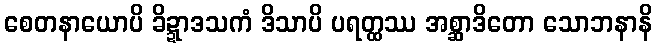
စေတနာယောပိ ခိဍ္ဍာဒသကံ ဒိသာပိ ပရတ္ထဿ အစ္ဆာဒိတော သောဘနာနိ